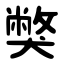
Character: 獘